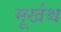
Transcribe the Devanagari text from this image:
मूर्खश्च